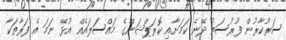
ސަރުކާރުން ފުރުސަތު ދޭނެ ކަމަށާއި ކޮރަޕްޝަންގެ މައްސަލައެއް އުޅޭ ނަމަ އެ ފަރާތަކާ